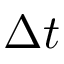
\Delta t